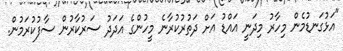
"އަޅުގަނޑުމެން މިހާރު މިދަނީ އައްޑު އަށް ދަތުރުކުރާނެ މީހުންގެ އަދަދު ސަރުކާރުން ސާފުކުރަމުން.